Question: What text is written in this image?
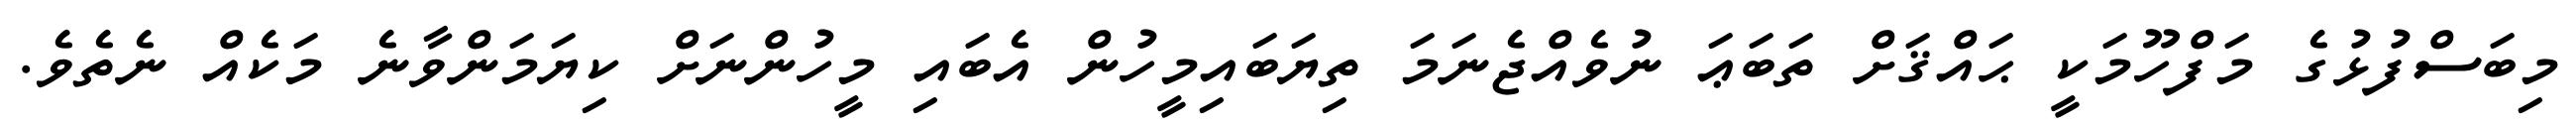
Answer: މިބަސްފުޅުގެ މަފްހޫމަކީ ޙައްޤަށް ތަބަޢަ ނުވެއްޖެނަމަ ތިޔަބައިމީހުން އެބައި މީހުންނަށް ކިޔަމަންވާނެ މަކެއް ނެތެވެ.